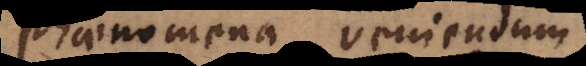
phaenomena veniendum